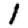
Digit: 1